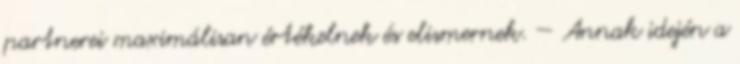
partnerei maximálisan értékelnek és elismernek. — Annak idején a